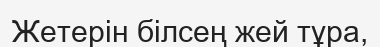
Жетерін білсең жей тұра,